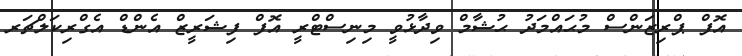
އޮފް ޕްރިޒަންސް މުޙައްމަދު ޙުޝާމް ވިދާޅުވީ މިނިސްޓްރީ އޮފް ފިޝަރީޒް އެންޑް އެގްރިކަލްޗަރ